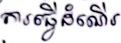
 ការធ្វើដំណើរ